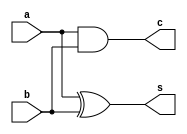
// This program was cloned from: https://github.com/jmahler/mips-cpu
// License: GNU General Public License v3.0

`ifndef _half_adder
`define _half_adder

module half_adder(
		input	a,
		input	b,
		output	s,
		output	c);

	assign s = a ^ b;
	assign c = a & b;

endmodule

`endif